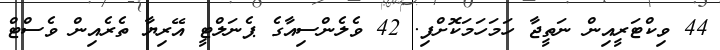
44 ވިކްޓަރީއިން ނަތީޖާ ހަމަހަމަކޮށްފި. 42 ވެލެންސިއާގެ ޕެނަލްޓީ އޭރިޔާ ތެރެއިން ވެސްޓް